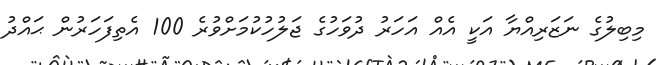
މިބިލުގެ ނަޒަރިއްޔާ އަކީ އެއް އަހަރު ދުވަހުގެ ޖަލުހުކުމަށްވުރެ 100 އެތިފަހަރުން ޙައްދު